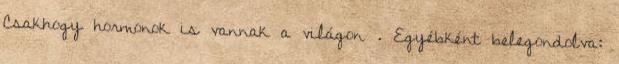
Csakhogy hormonok is vannak a világon . Egyébként belegondolva: